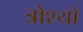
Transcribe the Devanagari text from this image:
त्रोश्यो